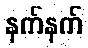
နက်နက်